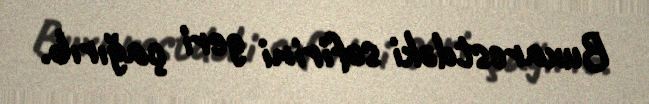
Buxarestdəki səfirini geri çağırıb.